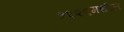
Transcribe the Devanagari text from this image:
१९२९मधील